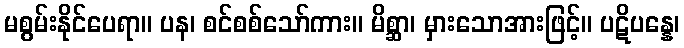
မစွမ်းနိုင်ပေရာ။ ပန၊ စင်စစ်သော်ကား။ မိစ္ဆာ၊ မှားသောအားဖြင့်။ ပဋိပန္နေ၊